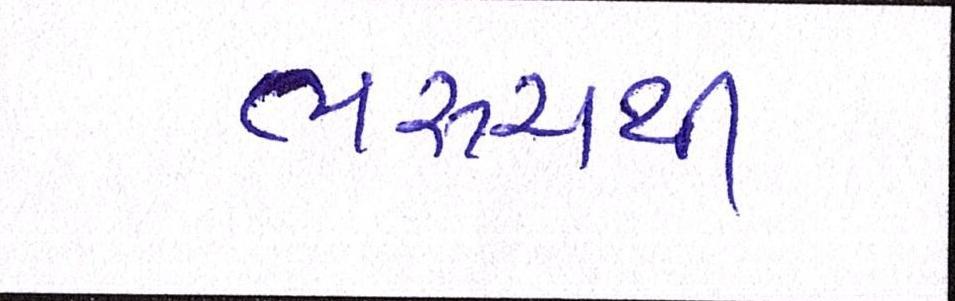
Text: ભરૂચથી